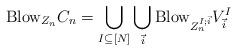
LaTeX: \begin{align*}\mathrm{Blow}_{Z_n} C_n &= \bigcup_{I \subseteq [N] } \bigcup_{\vec{i}} \mathrm{Blow}_{Z_n^{I;\vec{i}}} V^I_{\vec{i}}\end{align*}